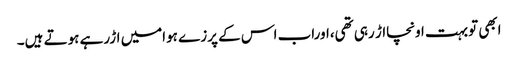
ابھی توبہت اونچااڑ رہی تھی،اوراب اس کے پرزے ہوامیں اڑرہے ہوتے ہیں۔